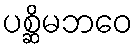
ပစ္ဆိမဘဝေ